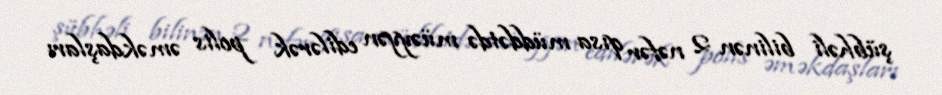
şübhəli bilinən 2 nəfər qısa müddətdə müəyyən edilərək polis əməkdaşları